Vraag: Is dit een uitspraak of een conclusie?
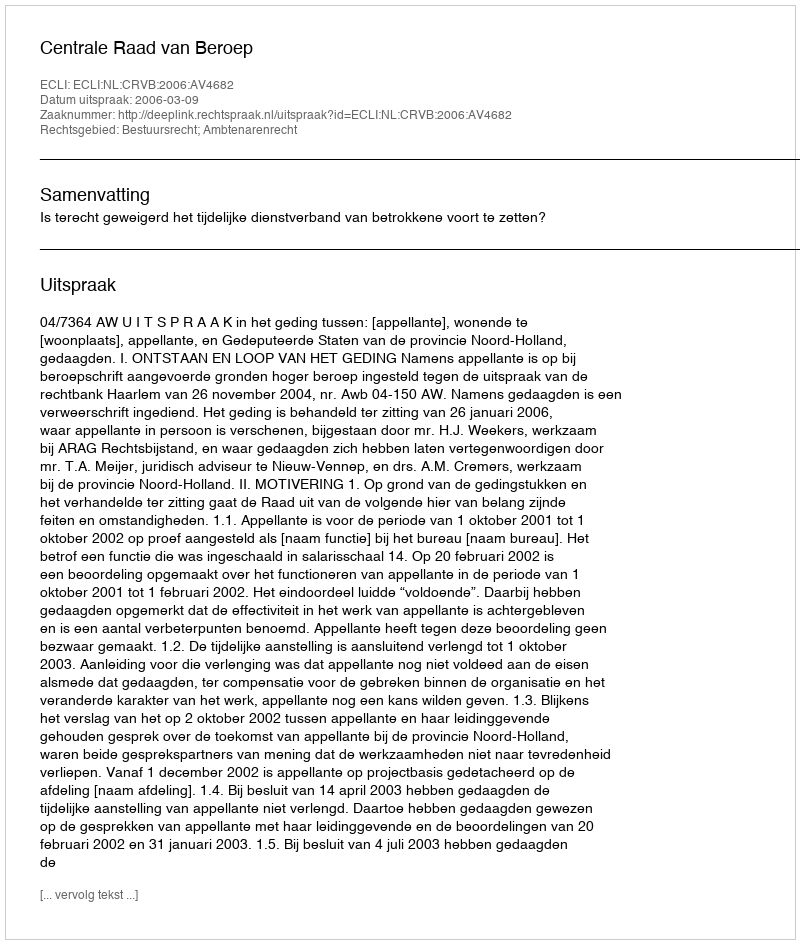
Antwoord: Uitspraak